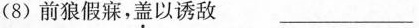
(8)前狼假寐，盖以诱敌 ________